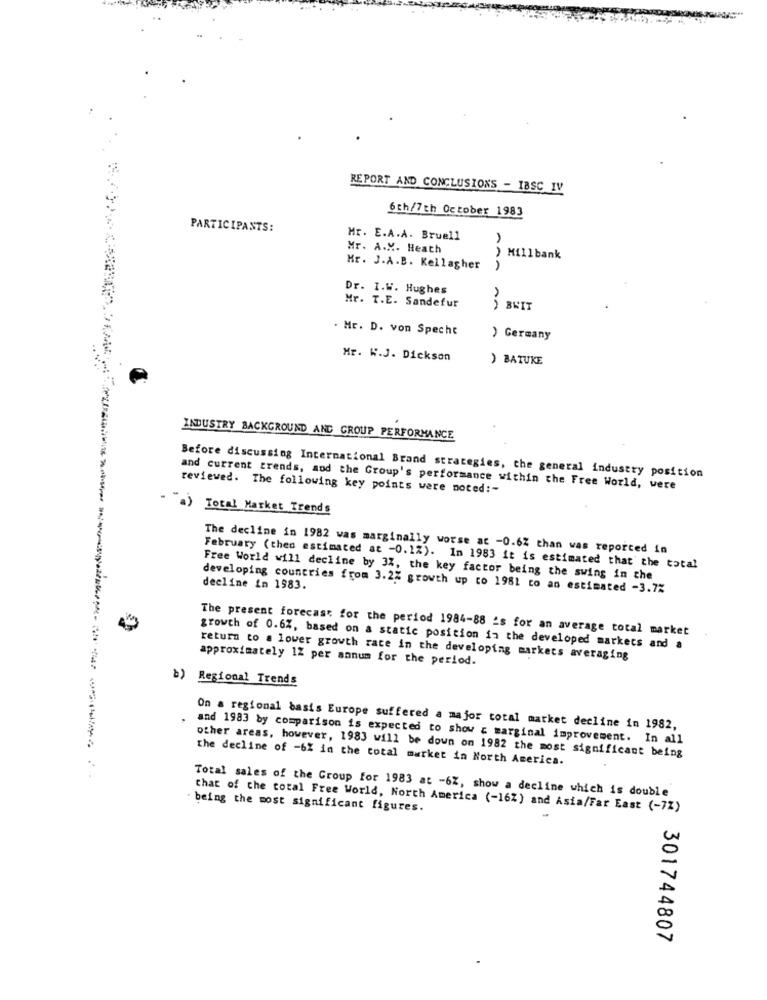
REPORT AND CONCLUSIONS - IBSC IV
6th/7th October 1983
PARTICIPANTS:
Mr. E.A.A. Bruell
Mr. A.M. Heath
) Millbank
Mr. J.A.B. Kellagher
Dr. I.W. Hughes
Mr. T.E. Sandefur
BRIT
. Mr. D. von Specht
) Germany
Mr. W.J. Dickson
) BATUKE
INDUSTRY BACKGROUND AND GROUP PERFORMANCE
Before discussing International Brand strategies, the general industry position
and current trends, and the Group's performance within the Free World, were
reviewed. The following key points were noted :-
- "a) Total Market Trends
The decline in 1982 was marginally worse ac -0.62 than was reported in
February (then estimated at -0.1%). In 1983 it is estimated that the total
Free World will decline by 3%, the key factor being the swing in the
developing countries from 3.2% growth up to 1981 to an estimated -3.7%
decline in 1983.
The present forecast for the period 1984-88 's for an average total market
growth of 0.6%, based on a static position in the developed markets and a
return to a lower growth rate in the developing markets averaging
approximately 12 per annum for the period.
b) Regional Trends
On a regional basis Europe suffered a major total market decline in 1982,
and 1983 by comparison is expected to show & marginal improvement. In all
other areas, however, 1983 will be down on 1982 the most significant being
the decline of -6% in the total market in North America.
Total sales of the Group for 1983 at -6%, show a decline which is double
- being the most significant figures.
Chat of the total Free World, North America (-16%) and Asia/Far East (-72)
301744807